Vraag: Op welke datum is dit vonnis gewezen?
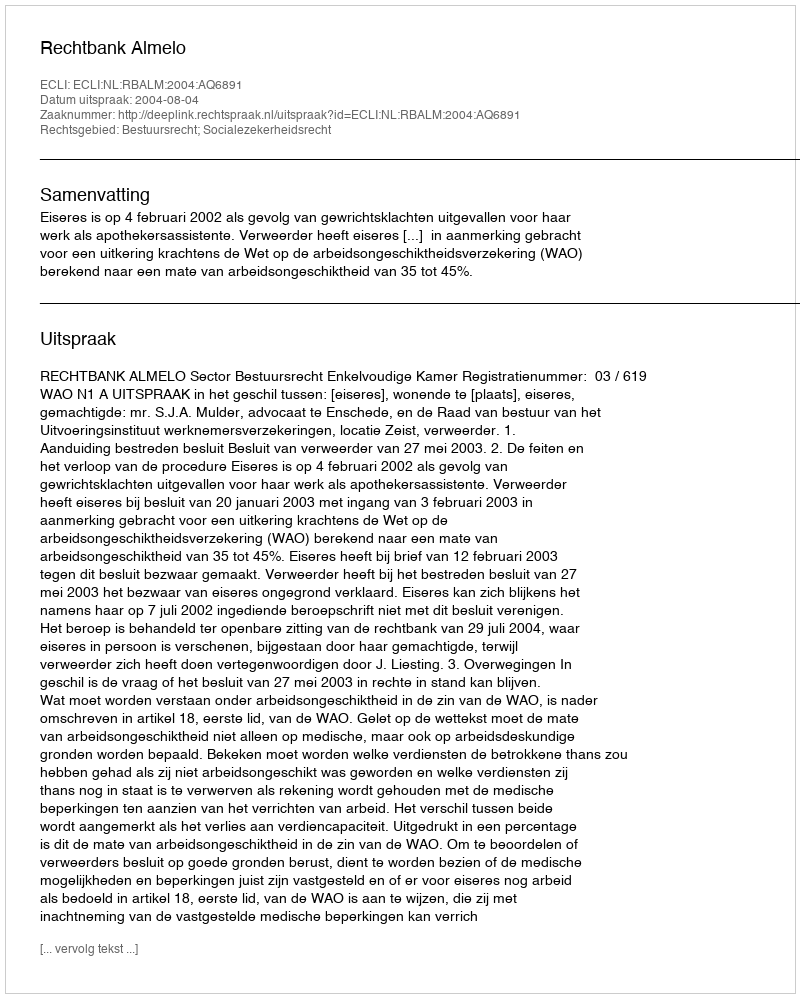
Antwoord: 2004-08-04